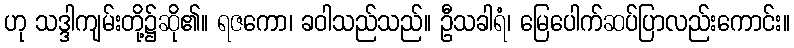
ဟု သဒ္ဒါကျမ်းတို့၌ဆို၏။ ရဇကော၊ ခဝါသည်သည်။ ဦသခါရံ၊ မြေပေါက်ဆပ်ပြာလည်းကောင်း။